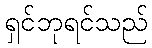
ရှင်ဘုရင်သည်